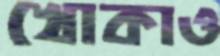
খোকাও